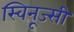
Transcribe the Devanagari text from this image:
स्विनूज्सी